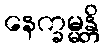
နေက္ခမ္မန္တိ